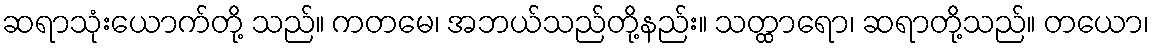
ဆရာသုံးယောက်တို့ သည်။ ကတမေ၊ အဘယ်သည်တို့နည်း။ သတ္ထာရော၊ ဆရာတို့သည်။ တယော၊